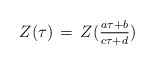
\begin{align*}Z(\tau)\,=\, Z({_{a\tau+b}\over^{c\tau+d}})\end{align*}